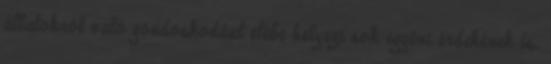
állatokról való gondoskodást elébe helyezi sok egyéni érdekének is.